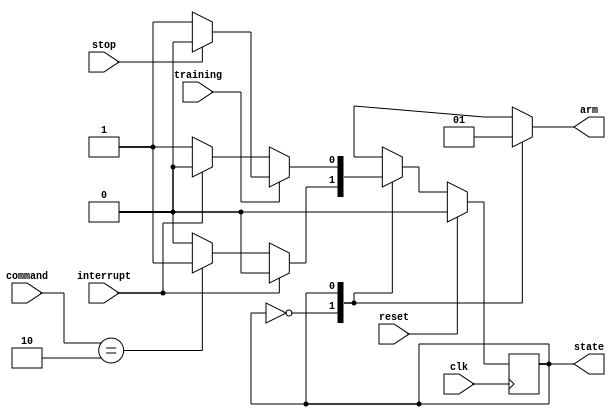
module FSM_mst(
		clk, 
		reset, 
		training, 
		stop, 
		interrupt, 
		command, 
		arm,
		state);

input clk, reset, training, stop, interrupt;
input [1:0] command;

output reg arm;
output state;

reg [0:0] state;
reg [0:0] next_state;


parameter 	idle = 1'b0, 
			neuralnet = 1'b1;
			
//State Transition
always @(posedge clk) begin
  if (reset) begin
    state <= idle;
  end
  else begin
    state <= next_state;
  end
end

/* Next state logic */
always @(*) begin
  case (state)
  
	idle : begin
		if (interrupt==1'b0) 
		  begin
			if (command==2'b10)
				next_state = neuralnet;
			else 
				next_state = idle;
		  end
		else 
		  begin
			next_state = idle;
		  end
	end
	
	neuralnet : begin
		if (training==1'b0) 
		  begin
			if (interrupt==1'b1)
				next_state = idle;
			else
				next_state = neuralnet;
		  end
		else 
		  begin
			if (stop==1'b1)
				next_state = idle;
			else
				next_state = neuralnet;
		  end
	end
	
  endcase
end

always@(state) begin
	case (state)
		idle : begin
			arm <= 1'b0;
		end
		neuralnet : begin
			arm <= 1'b1;
		end
	endcase
end

endmodule